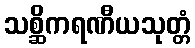
သစ္ဆိကရဏီယသုတ္တံ